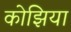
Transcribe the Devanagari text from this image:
कोझिया